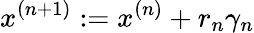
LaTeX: x^{(n+1)}:=x^{(n)}+r_{n}\gamma_{n}